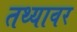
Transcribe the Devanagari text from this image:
तथ्यावर